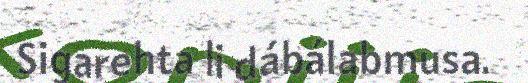
Sigarehta li dábálabmusa.